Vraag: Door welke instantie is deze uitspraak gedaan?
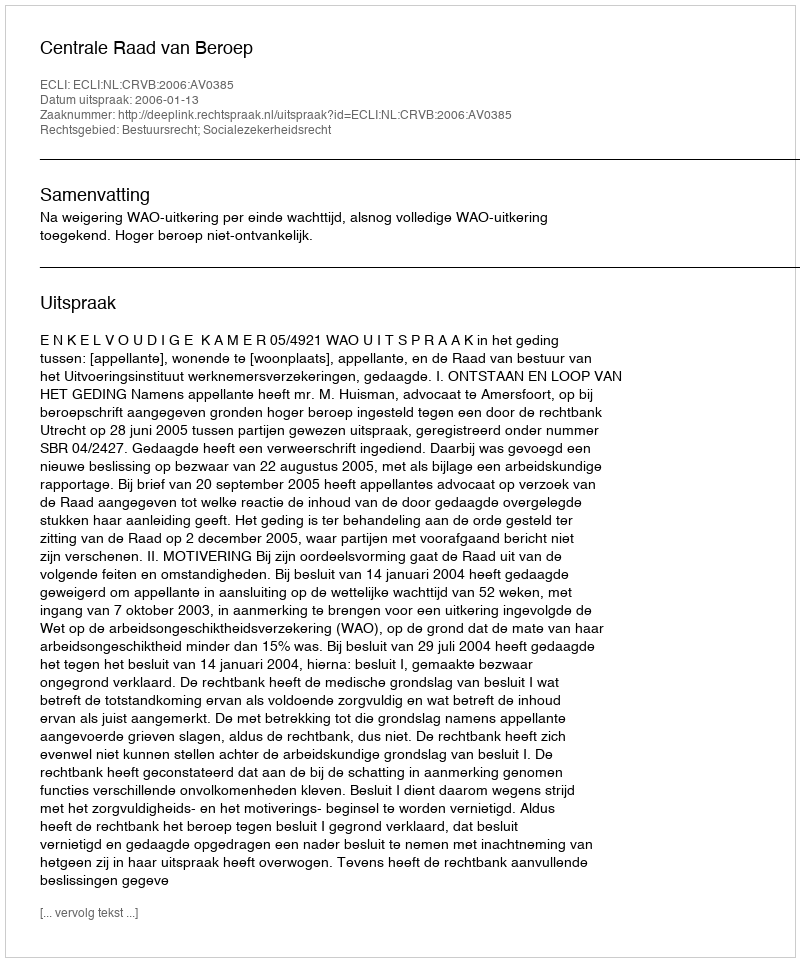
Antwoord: Centrale Raad van Beroep